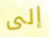
إلى